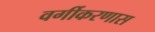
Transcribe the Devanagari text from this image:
वर्गीकरणास